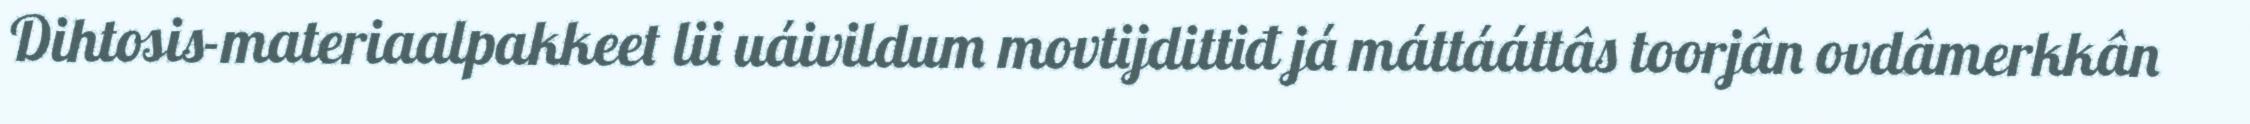
Dihtosis-materiaalpakkeet lii uáivildum movtijdittiđ já máttááttâs toorjân ovdâmerkkân